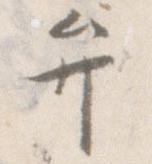
弁